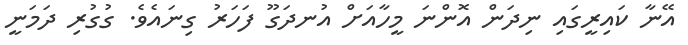
އޭނާ ކައިރީގައި ނިދަން އޮންނަ މީހާއަށް އުނދަގޫ ފަހަރު ގިނައެވެ. ގުގުރި ދަމަނީ